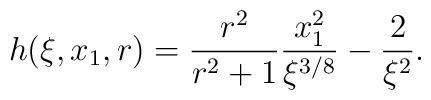
h(\xi, x_1, r) =\frac{r^2}{r^2 + 1}\frac{x_1^2}{\xi^{3/8}}  - \frac{2}{\xi^2} .